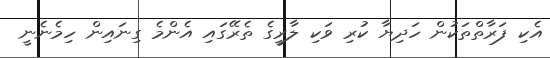
އެކި ފަރާތްތަކުން ހަދިޔާ ކުރި ވަކި ލާރީގެ ތެރޭގައި އެންމެ ގިނައިން ހިމެނެނީ